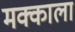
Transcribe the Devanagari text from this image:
मक्काला